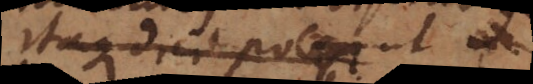
Itaque dici potest